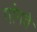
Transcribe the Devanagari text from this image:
गांगवे